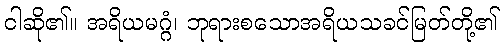
ငါဆို၏။ အရိယမဂ္ဂံ၊ ဘုရားစသောအရိယသခင်မြတ်တို့၏